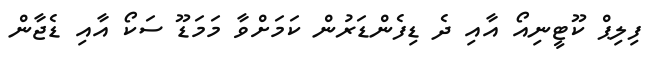
ފިލިޕް ކޫޓީނިއޯ އާއި ދެ ޑިފެންޑަރުން ކަމަށްވާ މަމަޑޫ ސަކޯ އާއި ޑެޖާން